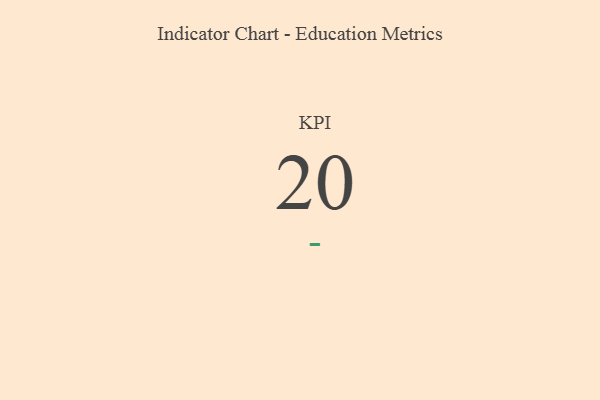
{"axis": {"x": "KPI", "y": "Value"}, "legend": [""], "data": [{"x": "KPI", "y": 20, "type": ""}]}